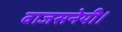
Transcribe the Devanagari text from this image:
वाजसनेयी।